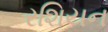
રશિયન